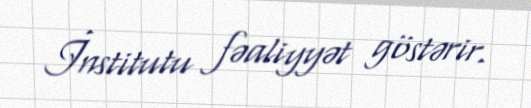
İnstitutu fəaliyyət göstərir.